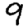
Digit: 9